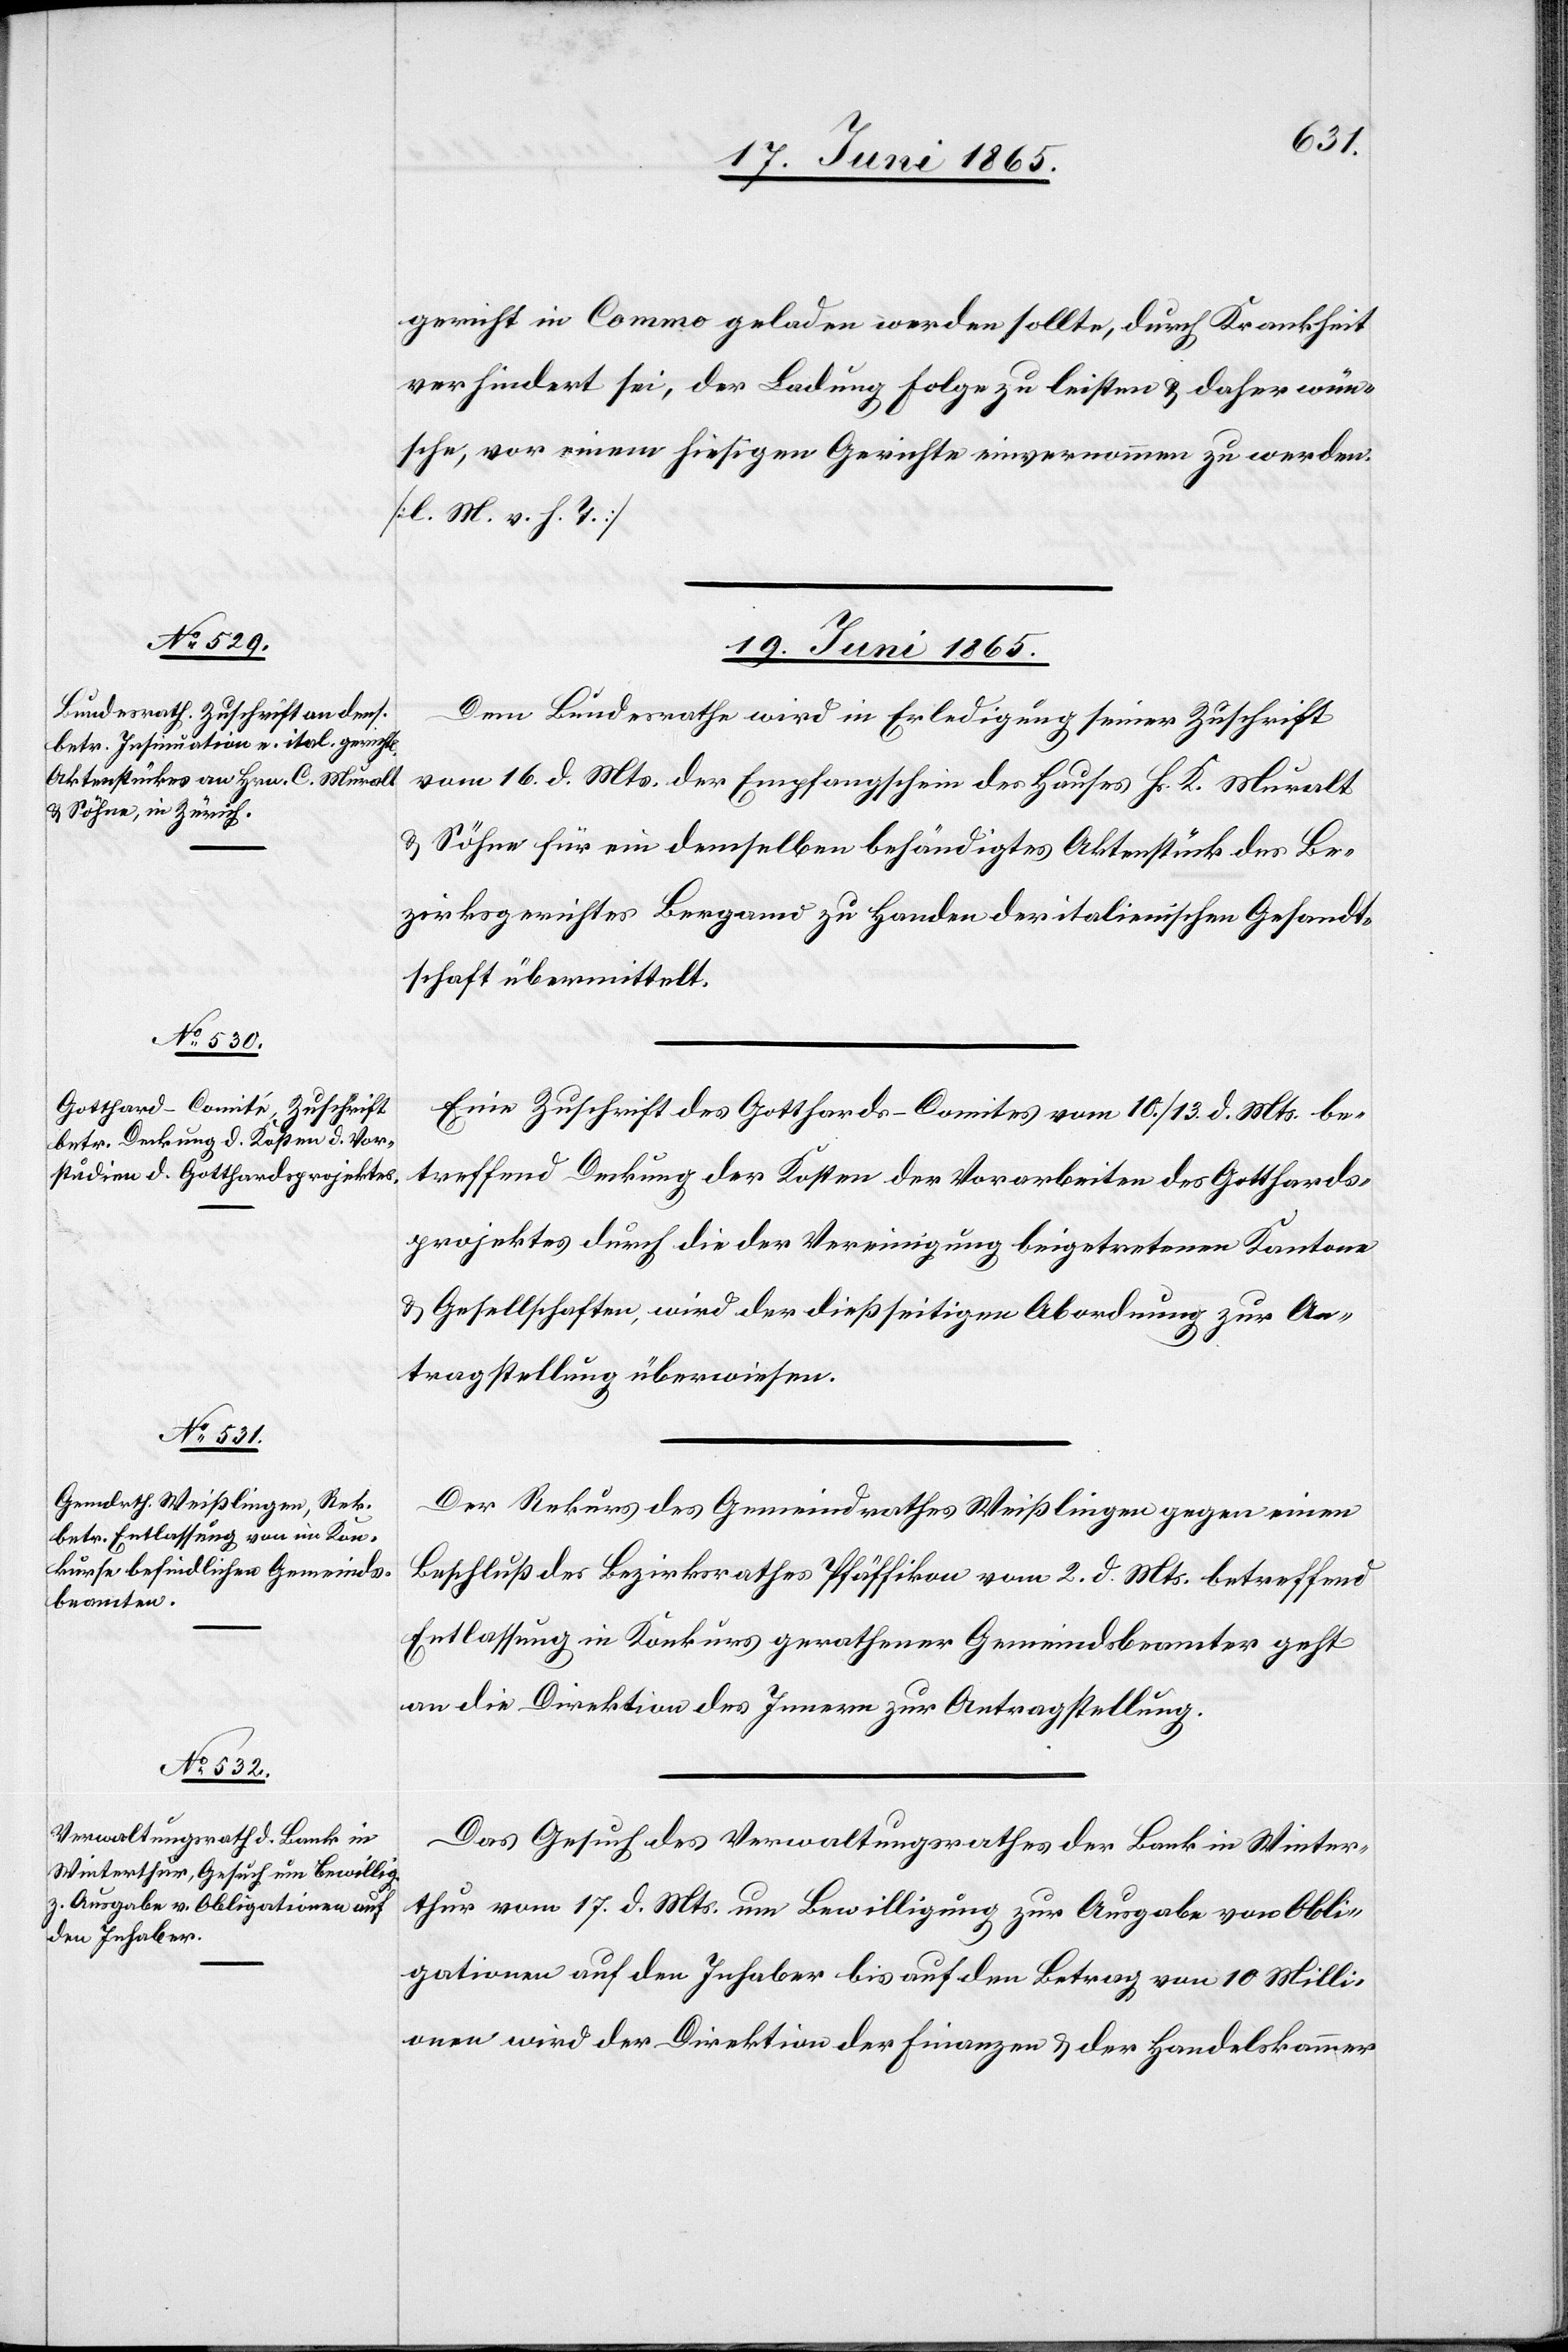
19. Juni 1865.]
gericht in Commo geladen werden sollte, durch Krankheit
verhindert sei, der Ladung Folge zu leisten & daher wün¬
sche, vor einem hiesigen Gerichte einvernommen zu werden.
[l. M. v. h. T.]
19. Juni 1865.
Dem Bundesrathe wird in Erledigung seiner Zuschrift
vom 16. d. Mts. der Empfangschein des Hauses Hs. K. Muralt
& Söhne für ein demselben behändigtes Aktenstück des Be¬
zirksgerichtes Bergamo zu Handen der italienischen Gesandt¬
schaft übermittelt.
Eine Zuschrift des Gotthards-Comites vom 10./13. d. Mts. be¬
treffend Deckung der Kosten der Vorarbeiten des Gotthards¬
projektes durch die der Vereinigung beigetretenen Kantone
& Gesellschaften, wird der dießseitigen Abordnung zur An¬
ragstellung überwiesen.
Der Rekurs des Gemeindrathes Weißlingen gegen einen
Beschluß des Bezirksrathes Pfäffikon vom 2. d. Mts. betreffend
Entlassung in Konkurs gerathener Gemeindsbeamter geht
an die Direktion des Innern zur Antragstellung.
Das Gesuch des Verwaltungsrathes der Bank in Winter¬
thur vom 17. d. Mts. um Bewilligung zur Ausgabe von Obli¬
gationen auf den Inhaber bis auf den Betrag von 10 Milli¬
onen wird der Direktion der Finanzen & der Handelskammer